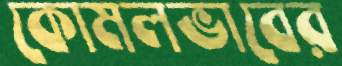
কোমলভাবের